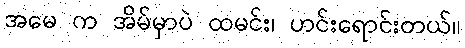
အမေ က အိမ်မှာပဲ ထမင်း၊ ဟင်းရောင်းတယ်။